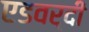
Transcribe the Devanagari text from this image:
एडवर्दी